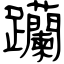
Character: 躪